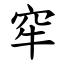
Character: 窂